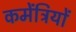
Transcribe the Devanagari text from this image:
कमेंट्रियों